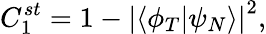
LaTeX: C_{1}^{st}=1-\left|\left\langle\phi_{T}|\psi_{N}\right\rangle\right|^{2},